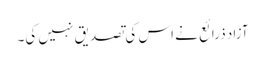
آزاد ذرائع نے اس کی تصدیق نہیں کی۔